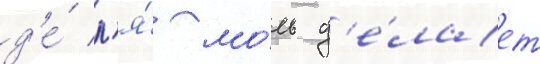
д'е́ л'я́ мо́ль д'е́лает